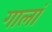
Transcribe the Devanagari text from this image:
गालां